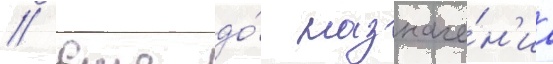
// Еще до́ назначе́н'иа